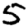
Digit: 5